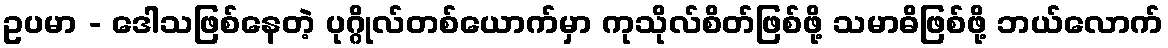
ဥပမာ - ဒေါသဖြစ်နေတဲ့ ပုဂ္ဂိုလ်တစ်ယောက်မှာ ကုသိုလ်စိတ်ဖြစ်ဖို့ သမာဓိဖြစ်ဖို့ ဘယ်လောက်